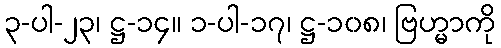
၃-ပါ-၂၃၊ ဋ္ဌ-၁၄။ ၁-ပါ-၁၇၊ ဋ္ဌ-၁၀၈၊ ဗြဟ္မာကို